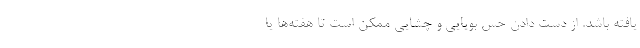
یافته باشد. از دست دادن حس بویایی و چشایی ممکن است تا هفته‌ها یا